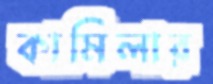
কামিলার